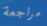
مراجعة